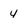
Character: 4